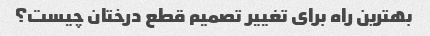
بهترین راه برای تغییر تصمیم قطع درختان چیست؟